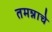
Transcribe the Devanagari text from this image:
तमन्नाचे